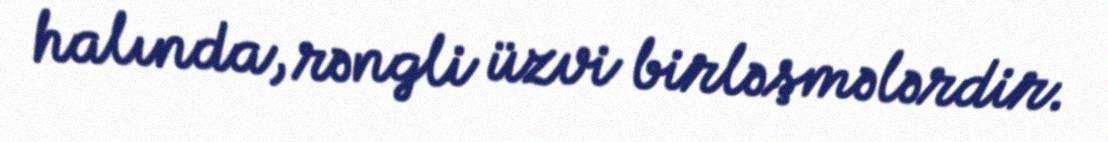
halında, rəngli üzvi birləşmələrdir.